Annual returns of the Patna Lunatic Asylum at Bankipore in Bihar and Orissa - 1912-1924
Year: 1912
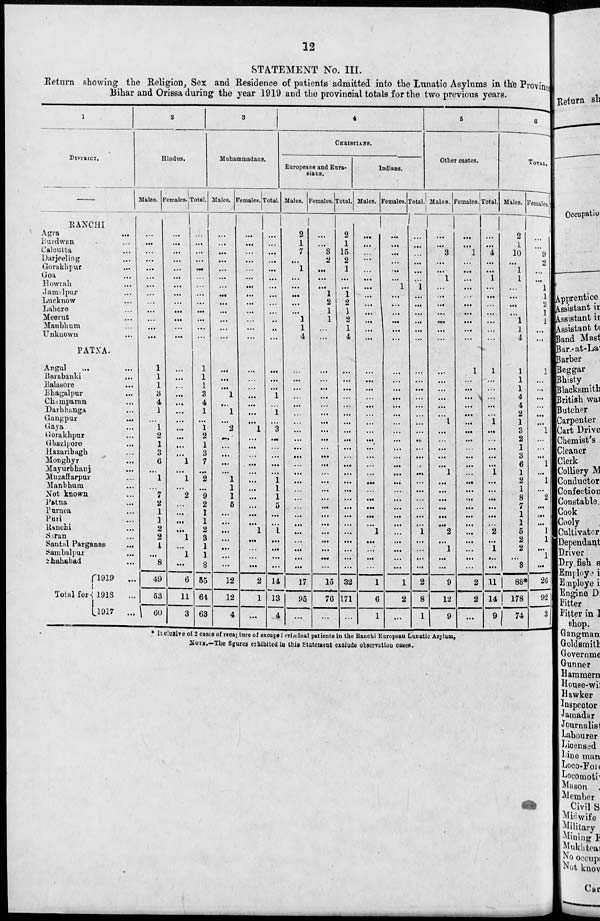
12
STATEMENT No. III.
Return showing the Religion, Sex and Residence of patients admitted into the Lunatic Asylums in the Province
Bihar and Orissa during the year 1919 and the provincial totals for the two previous years.
1
DISTRICT.
RANCHI
Agra ...
Burdwan ...
Calcutta ...
Darjeeling ...
Gorakhpur ...
Goa ...
Howrah ...
Jamalpur ...
Lucknow ...
Lahore ...
Meerut ...
Manbhum ...
Unknown ...
PATNA.
Angul
... ...
Barabanki
...
Balasore ...
Bhagalpur ...
Champaran ...
Darbhanga ...
Gangpur ...
Gaya ...
Gorakhpur ...
Ghazipore ...
Hazaribagh ...
Monghyr ...
Mayurbhanj ...
Muzaffarpur ...
Manbhum ...
Not known ...
Patna ...
Purnea ...
Puri ...
Ranchi ...
Saran ...
Santal Parganas ...
Sambalpur ...
Shahabad ...
Total for
1919
...
1918 ...
1917
...
2
Hindus.
Males.
...
...
...
...
...
...
...
...
...
...
...
...
...
1
1
1
3
4
1
...
1
2
1
3
6
...
1
...
7
2
1
1
2
2
1
...
8
49
63
60
Females.
...
...
...
...
...
...
...
...
...
...
...
...
...
...
...
...
...
...
...
...
...
...
...
...
1
...
1
...
2
...
...
...
1
...
1
...
6
11
3
Total.
...
...
...
...
...
...
...
...
...
...
...
...
...
1
1
1
3
4
1
...
1
2
1
3
7
...
2
...
9
2
1
1
2
3
1
1
8
55
64
63
3
Muhammodans.
Males.
...
...
...
...
...
...
...
...
...
...
...
...
...
...
...
...
1
...
1
...
2
...
...
...
...
...
1
1
1
5
...
...
...
...
...
...
...
12
12
4
Females.
...
...
...
...
...
...
...
...
...
...
...
...
...
...
...
...
...
...
...
...
1
...
...
...
...
...
...
...
...
...
...
...
1
...
...
...
...
2
1
...
Total.
...
...
...
...
...
...
...
...
...
...
..
...
...
...
...
...
1
...
1
...
3
...
...
...
...
...
1
1
1
5
...
...
1
...
...
...
...
14
13
4
4
CHRISTIANS.
Europeans and Eura-
sians.
Males.
2
1
7
...
1
...
...
...
...
...
1
1
4
...
...
...
...
...
...
...
...
...
...
...
...
...
...
...
...
...
...
...
...
...
...
...
...
17
95
...
Females.
...
...
8
2
...
...
...
1
2
1
1
...
...
...
...
...
...
...
...
...
...
...
...
...
...
...
...
...
...
...
...
...
...
...
...
...
...
15
76
...
Total.
2
1
15
2
1
...
...
1
2
1
2
1
4
...
...
...
...
...
...
...
...
...
...
...
...
...
...
...
...
...
...
...
...
...
...
...
...
32
171
...
Indians.
Males.
...
...
...
...
...
...
...
...
...
...
...
...
...
...
...
...
...
...
...
...
...
...
...
...
...
...
...
...
...
...
...
...
1
...
...
...
...
1
6
1
Females.
...
...
...
...
...
...
1
...
...
...
...
...
...
...
...
...
...
...
...
...
...
...
...
...
...
...
...
...
...
...
...
...
...
...
...
...
...
1
2
...
Total.
...
...
...
...
...
...
1
...
...
...
...
...
...
...
...
...
...
...
...
...
...
...
...
...
...
...
...
...
...
...
...
...
1
...
...
...
...
2
8
1
5
Other castes.
Males.
...
...
3
...
...
1
...
...
...
...
...
...
...
...
...
...
...
...
...
1
...
...
...
...
...
1
...
...
...
...
...
...
2
...
1
...
...
9
12
9
Females.
...
...
1
...
...
...
...
...
...
...
...
...
...
1
...
...
...
...
...
...
...
...
...
...
...
...
...
...
...
...
...
...
...
...
...
...
...
2
2
...
Total.
...
...
4
...
...
1
...
...
...
...
...
...
...
1
...
...
...
...
...
1
...
...
...
...
...
1
...
...
...
...
...
...
2
...
1
...
...
11
14
9
6
TOTAL.
Males.
2
1
10
...
1
1
...
...
...
...
1
1
4
1
1
1
4
4
2
1
3
2
1
3
6
1
2
1
8
7
1
1
5
2
2
...
8
88*
178
74
Females.
...
...
9
2
...
...
1
1
2
1
1
...
...
1
...
...
...
...
...
...
1
...
...
...
1
...
1
...
2
...
...
...
1
1
...
1
...
26
92
3
* Inclusive of 2 cases of recapture of excaped criminal patients in the Ranchi European Lunatic Asylum.
NOTE.—The figures exhibited in this Statement exclude observation cases.